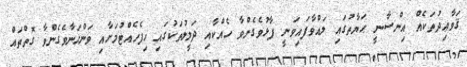
ޤަވާޢިދުތަކެއް އިންސާނީ ޙަޔާތުގައި ލައްވާފައިވަނީ ފާޅުވެގެންވާ ހެއްކާއި ދަލީލުތަކުގައި ހިފެހެއްޓުމަށާއި ވަންހަނާވެގެންވާ ގޮތްތައް